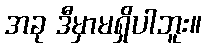
အခု ဒီမှာမရှိပါဘူး။